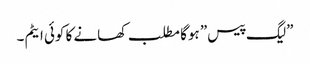
”لیگ پیس” ہوگا مطلب کھانے کا کوئی ایٹم ۔